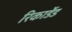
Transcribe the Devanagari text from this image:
रिकार्डेड